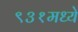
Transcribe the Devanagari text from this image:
९३१मध्ये